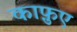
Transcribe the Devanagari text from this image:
काफ़ुए